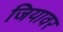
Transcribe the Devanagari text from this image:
जियावर